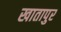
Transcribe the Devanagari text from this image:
खातापुर